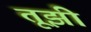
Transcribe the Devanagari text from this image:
तूझी